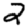
Digit: 2